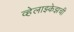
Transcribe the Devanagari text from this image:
व्हेलाझ्केझची